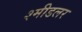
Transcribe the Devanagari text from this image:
श्मीडलर